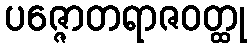
ပဇ္ဇောတရာဇဝတ္ထု